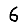
Digit: 6